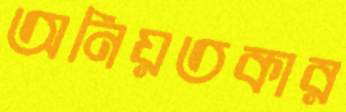
অনিয়তকার